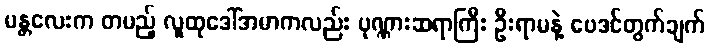
မန္တလေးက တပည့် လူထုဒေါ်အမာကလည်း ပုဏ္ဏားဆရာကြီး ဦးရာမနဲ့ ဗေဒင်တွက်ချက်